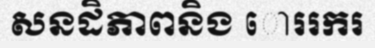
សនដិភាពនិង ោររករ